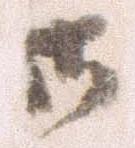
御